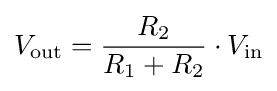
V_{\mathrm {out} }={\frac {R_{2}}{R_{1}+R_{2}}}\cdot V_{\mathrm {in} }